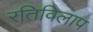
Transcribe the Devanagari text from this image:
रतिविलाप